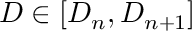
D \in [ D _ { n } , D _ { n + 1 } ]